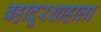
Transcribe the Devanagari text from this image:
बहादूरशाहाला